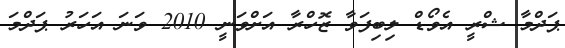
ޕަދްމާ ޝްރީ އެވޯޑް ލިބިފަވާ ޒޮހްރާ އަށްވަނީ 2010 ވަނަ އަހަރު ޕަދްމަ